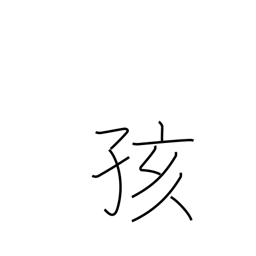
Meaning: baby